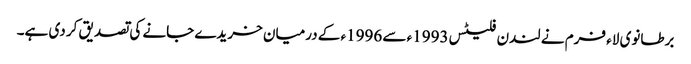
برطانوی لاء فرم نے لندن فلیٹس 1993ء سے 1996ء کے درمیان خریدے جانے کی تصدیق کر دی ہے۔